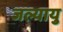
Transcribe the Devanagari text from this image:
जल्यायु